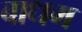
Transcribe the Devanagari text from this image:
बाधम